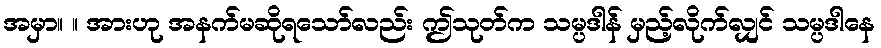
အမှာ။ ။ အားဟု အနက်မဆိုရသော်လည်း ဤသုတ်က သမ္ပဒါန် မှည့်လိုက်လျှင် သမ္ပဒါနေ